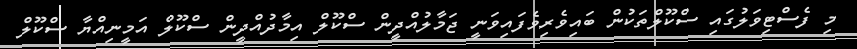
މި ފެސްޓިވަލުގައި ސްކޫލްތަކުން ބައިވެރިވެފައިވަނީ ޖަމާލުއްދީން ސްކޫލް އިމާދުއްދީން ސްކޫލް އަމީނިއްޔާ ސްކޫލް